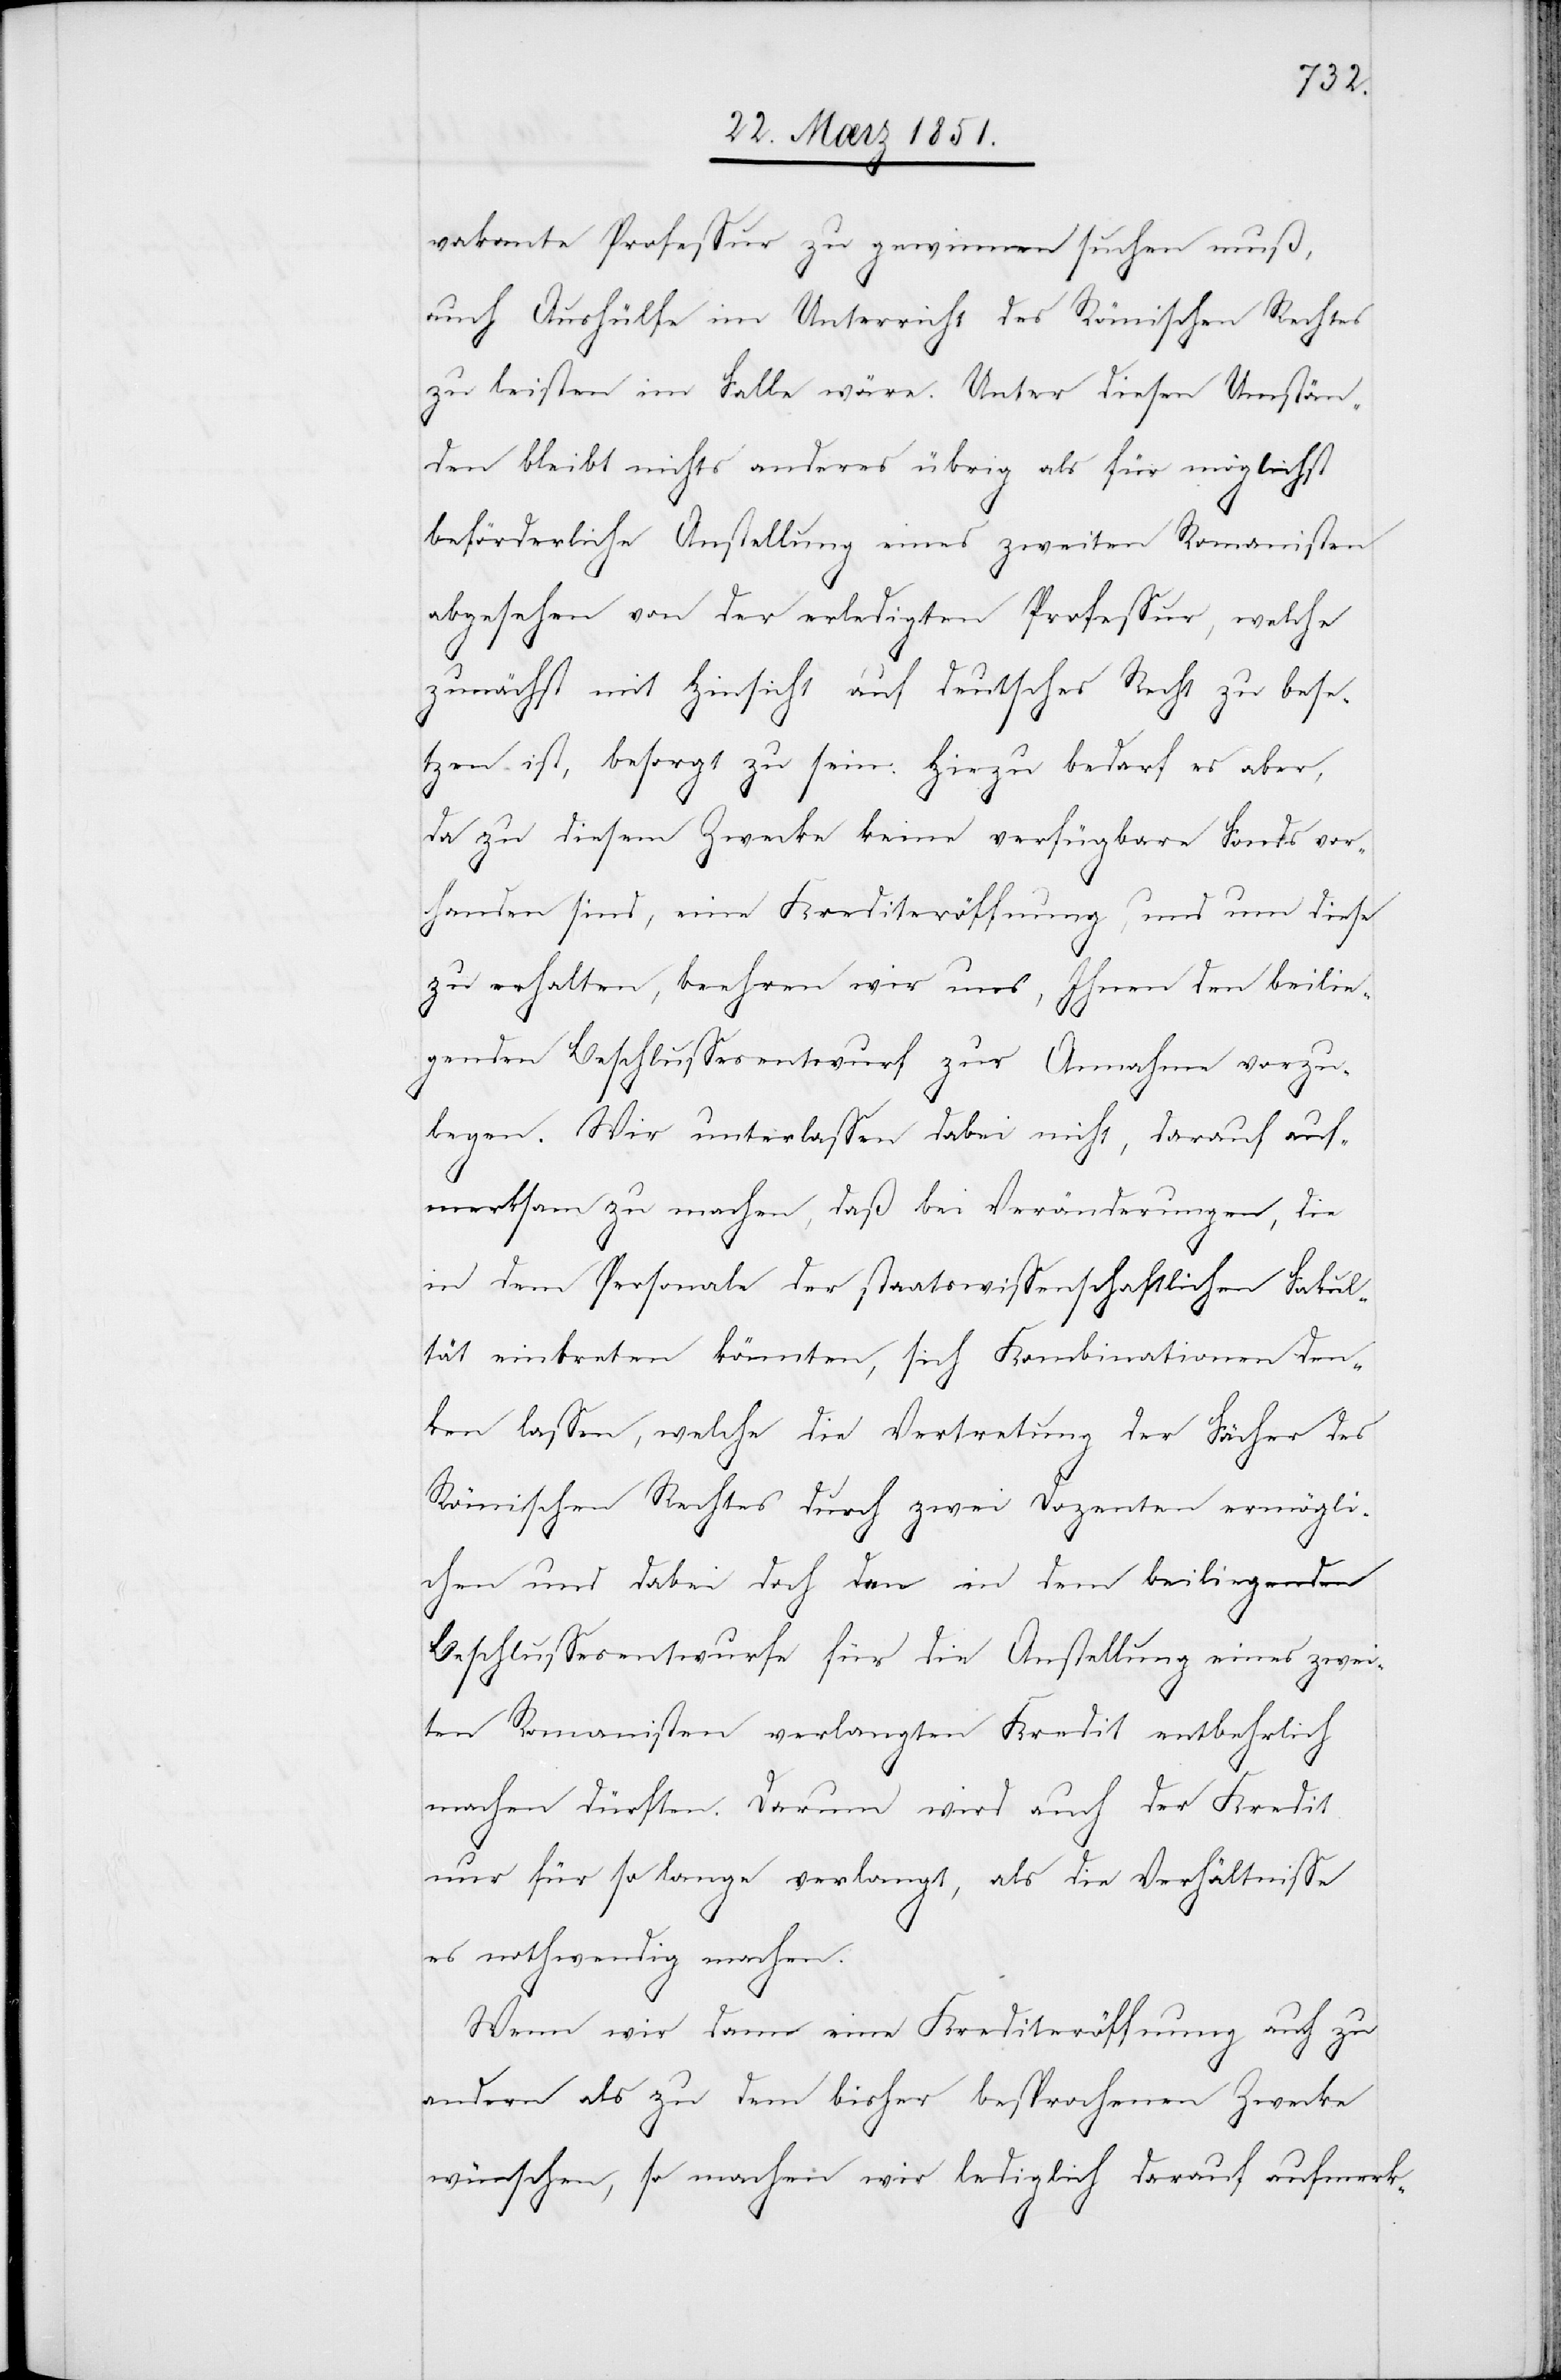
vakante Professur zu gewinnen suchen muß,
auch Aushülfe im Unterricht des Römischen Rechtes
zu leisten im Falle wäre. Unter diesen Umstän¬
den bleibt nichts anderes übrig als für möglichst
beförderliche Anstellung eines zweiten Romanisten
abgesehen von der erledigten Professur, welche
zunächst mit Hinsicht auf deutsches Recht zu bese¬
tzen ist, besorgt zu sein. Hiezu bedarf es aber,
da zu diesem Zwecke keine verfügbare Fonds vor¬
handen sind, eine Krediteröffnung, und um diese
zu erhalten, beehren wir uns, Ihnen den beilie¬
genden Beschlussesentwurf zur Annahme vorzu¬
legen. Wir unterlassen dabei nicht, darauf auf¬
merksam zu machen, daß bei Veränderungen, die
in dem Personale der staatswissenschaftlichen Fakul¬
tät eintreten könnten, sich Kombinationen den¬
ken lassen, welche die Vertretung der Fächer des
Römischen Rechtes durch zwei Dozenten ermögli¬
chen und dabei doch den in dem beiliegenden
Beschlussesentwurfe für die Anstellung eines zwei¬
ten Romanisten verlangten Kredit entbehrlich
machen dürften. Darum wird auch der Kredit
nur für so lange verlangt, als die Verhältnisse
es nothwendig machen.
Wenn wir dann eine Krediteröffnung auch zu
andern als zu dem bisher besprochenen Zwecke
wünschen, so machen wir lediglich darauf aufmerk-